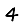
Digit: 4